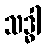
သဒ္ဓါ